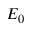
E _ { 0 }